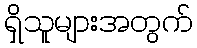
ရှိသူများအတွက်